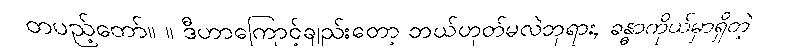
တပည့်တော်။ ။ ဒီဟာကြောင့်ချည်းတော့ ဘယ်ဟုတ်မလဲဘုရား, ခန္ဓာကိုယ်မှာရှိတဲ့